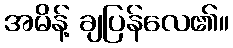
အမိန့် ချပြန်လေ၏။